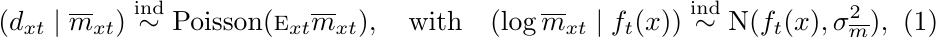
\begin{equation}
(d_{xt} \mid \overline{m}_{xt}) \stackrel{\mbox{\scriptsize ind}}{\sim} \mbox{Poisson}(\textsc{e}_{xt}\overline{m}_{xt}), \quad \mbox{with} \quad (\log \overline{m}_{xt} \mid f_{t}(x)) \stackrel{\mbox{\scriptsize ind}}{\sim} \mbox{N}(f_{t}(x), \sigma_{\overline{m}}^2),
\label{eq1}
\end{equation}